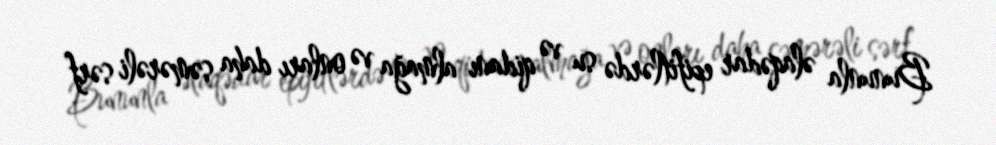
Bununla əlaqədar epifitlərdə su və qidanı almağa və onları daha səmərəli sərf